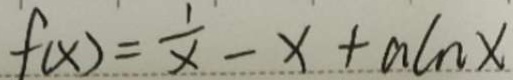
f ( x ) = \frac { 1 } { x } - x + a \ln x